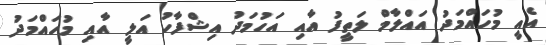
އެއީ މުހައްމަދު އައްލާމް ލަތީފު އާއި އަހުމަދު އިޝްފާހު އަލީ އާއި މުހައްމަދު